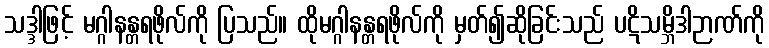
သဒ္ဒါဖြင့် မဂ္ဂါနန္တရဖိုလ်ကို ပြသည်။ ထိုမဂ္ဂါနန္တရဖိုလ်ကို မှတ်၍ဆိုခြင်းသည် ပဋိသမ္ဘိဒါဉာဏ်ကို